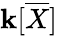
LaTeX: \mathbf{k}[{\overline{{{X}}}}]